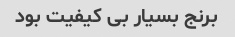
برنج بسیار بی کیفیت بود